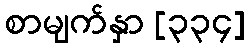
စာမျက်နှာ [၃၃၄]